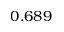
0 . 6 8 9